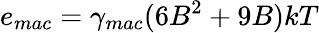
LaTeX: e_{mac}=\gamma_{mac}(6B^{2}+9B)kT